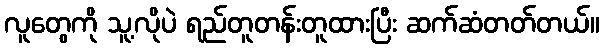
လူတွေကို သူ့လိုပဲ ရည်တူတန်းတူထားပြီး ဆက်ဆံတတ်တယ်။